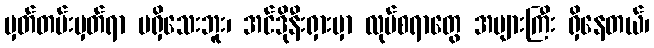
မှတ်တမ်းမှတ်ရာ မရှိသေးဘူး၊ အင်ဒိုနီးရှားမှာ လုပ်စရာတွေ အများကြီး ရှိနေတယ်၊